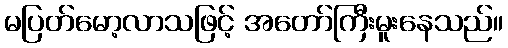
မပြတ်မော့လာသဖြင့် အတော်ကြီးမူးနေသည်။